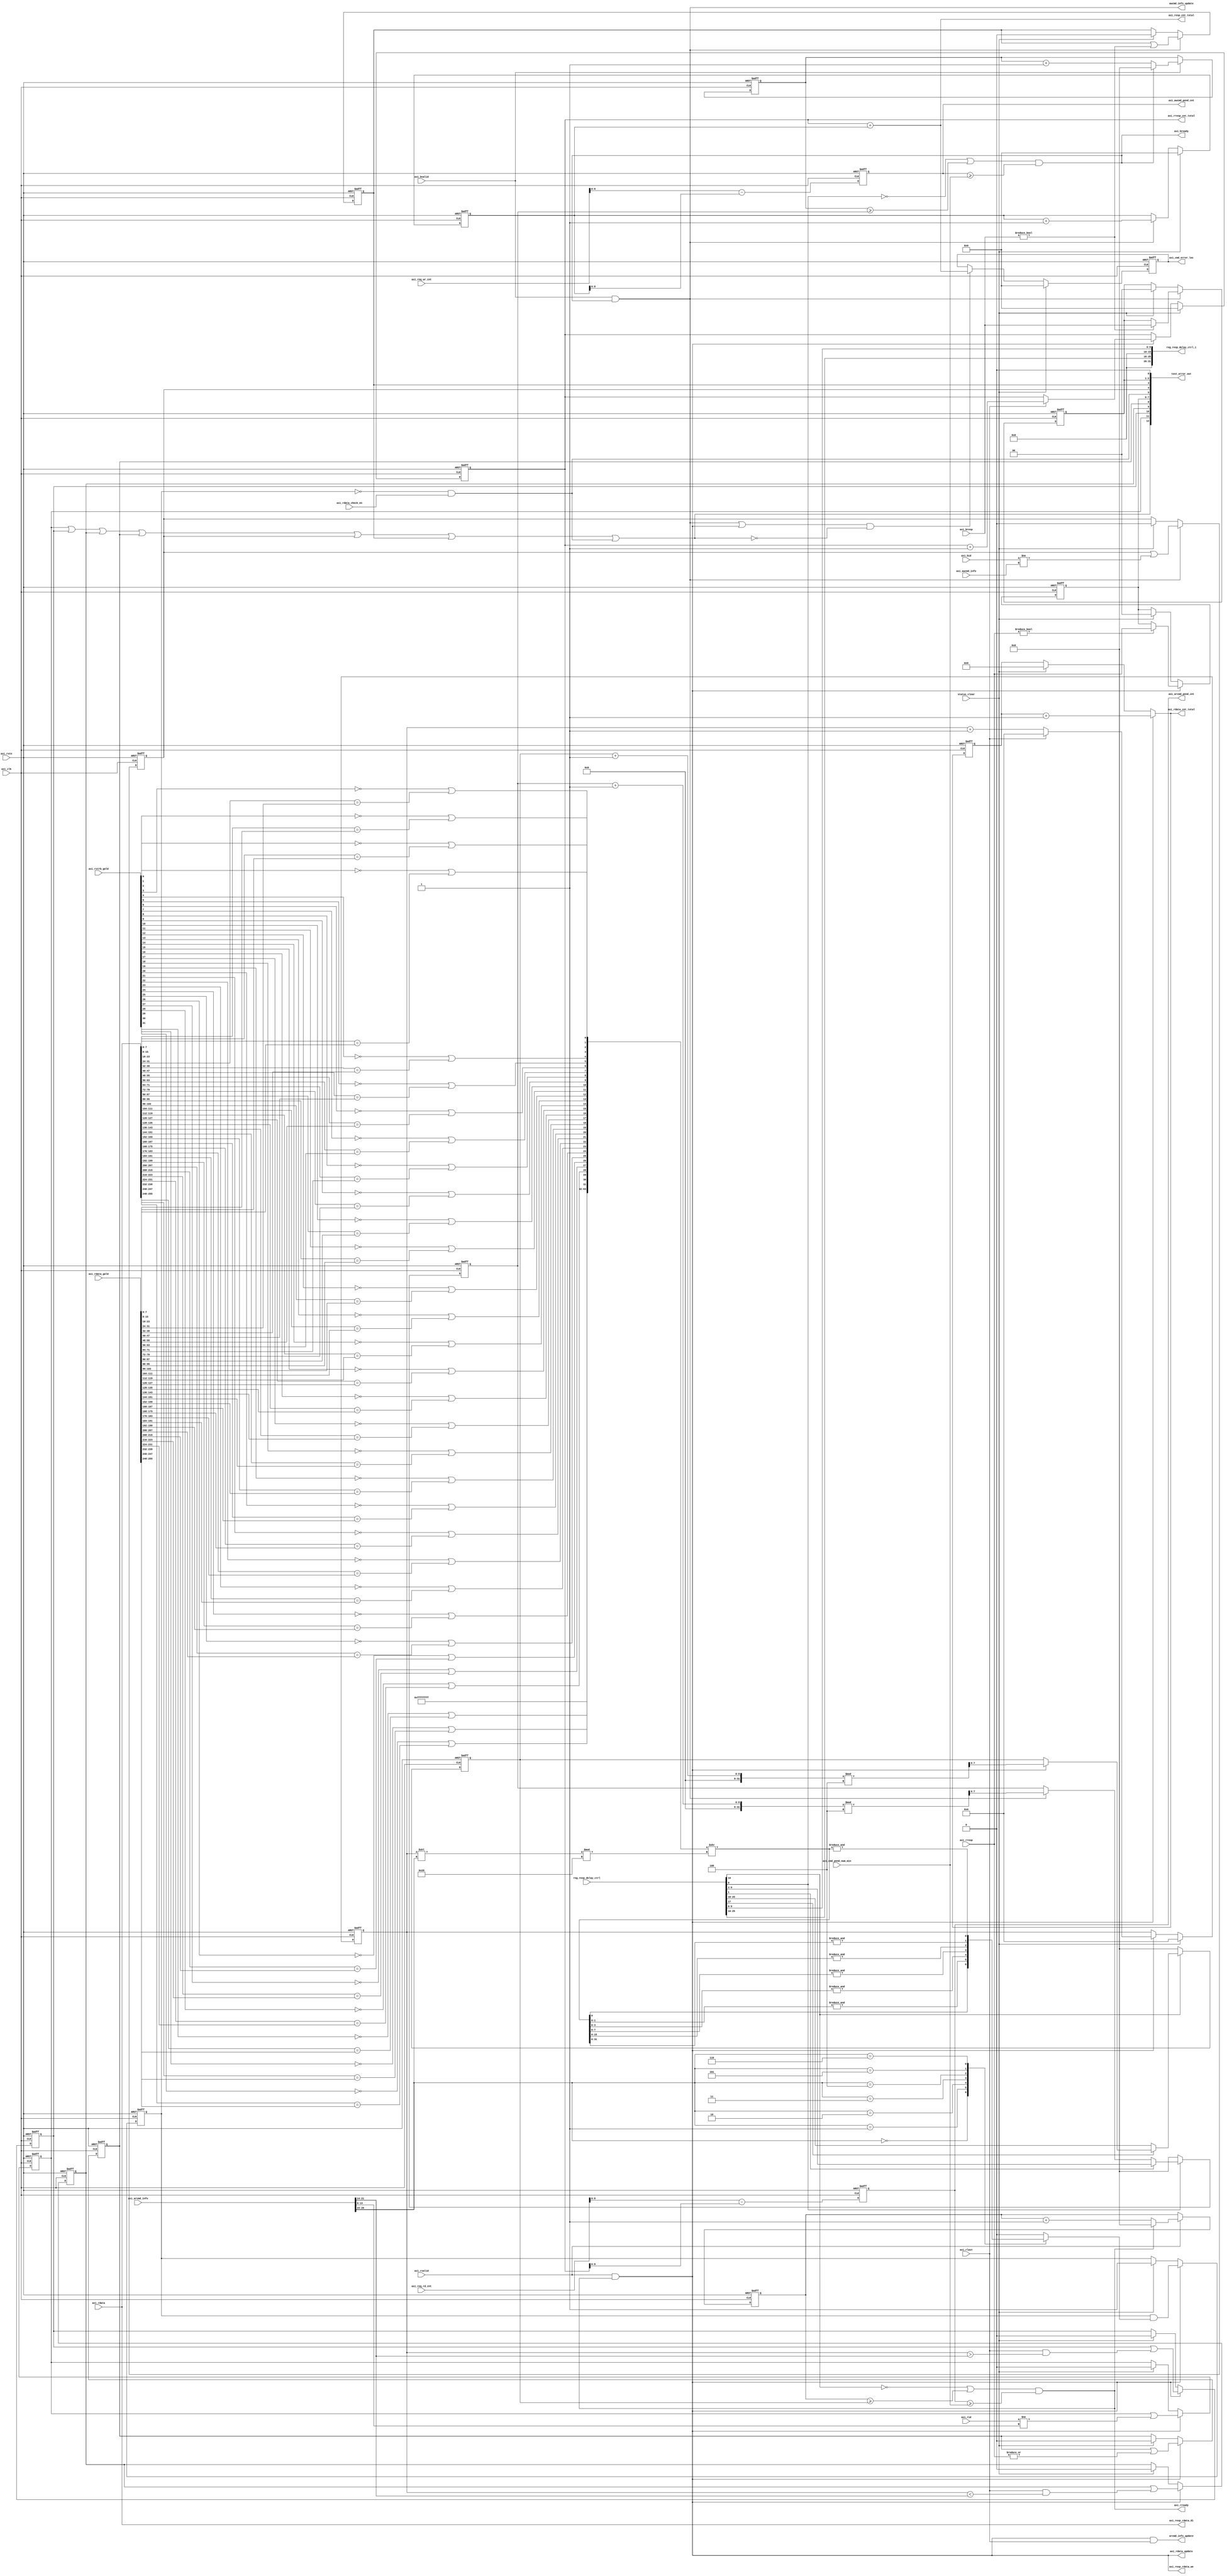
// ================================================================
// NVDLA Open Source Project
// 
// Copyright(c) 2016 - 2017 NVIDIA Corporation.  Licensed under the
// NVDLA Open Hardware License; Check "LICENSE" which comes with 
// this distribution for more information.
// ================================================================


module NV_FPGA_unit_checkbox_mem_dut_axi_resp_256 (
   axi_clk
  ,axi_rstn
  ,axi_arcmd_info
  ,axi_awcmd_info
  ,axi_bid
  ,axi_bresp
  ,axi_bvalid
  ,axi_cmd_pend_num_min
  ,axi_rdata
  ,axi_rdata_check_en
  ,axi_rdata_gold
  ,axi_req_rd_cnt
  ,axi_req_wr_cnt
  ,axi_rid
  ,axi_rlast
  ,axi_rresp
  ,axi_rstrb_gold
  ,axi_rvalid
  ,reg_resp_delay_ctrl
  ,status_clear
  ,arcmd_info_update
  ,awcmd_info_update
  ,axi_arcmd_pend_cnt
  ,axi_awcmd_pend_cnt
  ,axi_bready
  ,axi_cmd_error_loc
  ,axi_rdata_cnt_total
  ,axi_rdata_update
  ,axi_resp_cnt_total
  ,axi_resp_rdata_di
  ,axi_resp_rdata_we
  ,axi_rready
  ,axi_rresp_cnt_total
  ,reg_resp_delay_ctrl_i
  ,test_error_out
  );
input          axi_clk;
input          axi_rstn;
input   [26:0] axi_arcmd_info;
input   [13:0] axi_awcmd_info;
input   [13:0] axi_bid;
input    [1:0] axi_bresp;
input          axi_bvalid;
input    [7:0] axi_cmd_pend_num_min;
input  [255:0] axi_rdata;
input          axi_rdata_check_en;
input  [255:0] axi_rdata_gold;
input   [23:0] axi_req_rd_cnt;
input   [23:0] axi_req_wr_cnt;
input   [13:0] axi_rid;
input          axi_rlast;
input    [1:0] axi_rresp;
input   [31:0] axi_rstrb_gold;
input          axi_rvalid;
input   [25:0] reg_resp_delay_ctrl;
input          status_clear;
output         arcmd_info_update;
output         awcmd_info_update;
output   [8:0] axi_arcmd_pend_cnt;
output   [8:0] axi_awcmd_pend_cnt;
output         axi_bready;
output  [23:0] axi_cmd_error_loc;
output  [31:0] axi_rdata_cnt_total;
output         axi_rdata_update;
output  [23:0] axi_resp_cnt_total;
output [255:0] axi_resp_rdata_di;
output         axi_resp_rdata_we;
output         axi_rready;
output  [23:0] axi_rresp_cnt_total;
output  [31:0] reg_resp_delay_ctrl_i;
output  [12:0] test_error_out;
reg      [8:0] axi_arcmd_pend_cnt;
reg      [8:0] axi_awcmd_pend_cnt;
reg      [7:0] axi_bready_delay_cnt;
reg      [7:0] axi_bready_delay_cycles;
reg     [23:0] axi_bresp_cnt_total;
reg            axi_bresp_error_code;
reg            axi_bresp_error_id;
reg      [1:0] axi_bresp_error_resp;
reg     [23:0] axi_cmd_error_loc;
reg      [8:0] axi_rdata_cnt;
reg     [31:0] axi_rdata_cnt_total_reg;
reg            axi_rdata_match;
reg            axi_rdata_match_reg;
reg      [7:0] axi_rready_delay_cnt;
reg      [7:0] axi_rready_delay_cycles;
reg     [23:0] axi_rresp_cnt_total;
reg            axi_rresp_error_code;
reg            axi_rresp_error_id;
reg            axi_rresp_error_phase_less;
reg            axi_rresp_error_phase_more;
reg      [1:0] axi_rresp_error_resp;
wire     [1:0] axi_arburst_gold;
wire    [13:0] axi_arid_gold;
wire     [7:0] axi_arlen_gold;
wire     [2:0] axi_arsize_gold;
wire    [13:0] axi_awid_gold;
wire     [7:0] axi_bready_delay_cycles_preset;
wire           axi_bready_delay_en;
wire           axi_bready_delay_random;
wire           axi_rdata_corrupt;
wire     [7:0] axi_rready_delay_cycles_preset;
wire           axi_rready_delay_en;
wire           axi_rready_delay_random;
wire           axi_wdata_corrupt;
wire           protocol_error;
wire    [63:0] rdata_match_byte;
wire    [63:0] rdata_match_byte_shift;






//&Force output axi_bresp_cnt_total;




///////////////////////////////////////////////////////////////////
// read response
///////////////////////////////////////////////////////////////////

// get axi arcmd information which are used for read response check
//signal    info_ram    cmd_ram
//axi_id    [13:0]      [13:0]
//axi_len   [21:14]     [79:72]
//axi_burst [23:22]     [107:106]
//axi_size  [26:24]     [110:108]

assign arcmd_info_update = axi_rvalid & axi_rready & axi_rlast;
assign axi_arsize_gold = axi_arcmd_info[26:24];
assign axi_arburst_gold = axi_arcmd_info[23:22];
assign axi_arlen_gold = axi_arcmd_info[21:14];
assign axi_arid_gold = axi_arcmd_info[13:0];

assign axi_rdata_cnt_total = (axi_rvalid & axi_rready) ? (axi_rdata_cnt_total_reg + 1'b1) 
                                                       : status_clear ? 0 : axi_rdata_cnt_total_reg;

always @(posedge axi_clk or negedge axi_rstn) begin
  if (!axi_rstn) begin
    axi_rdata_cnt_total_reg <= {32{1'b0}};
    axi_rdata_cnt <= {9{1'b0}};
    axi_rresp_cnt_total <= {24{1'b0}};
  end else begin
  axi_rdata_cnt_total_reg <= axi_rdata_cnt_total;
  if(status_clear) begin
    axi_rdata_cnt <= 0;
    axi_rresp_cnt_total <= 0;
  end
  else if(axi_rvalid & axi_rready) begin
    if(axi_rlast) begin
      axi_rdata_cnt <= 0;
      axi_rresp_cnt_total <= axi_rresp_cnt_total + 1'b1;
    end
    else begin
      axi_rdata_cnt <=  axi_rdata_cnt + 1'b1;
      axi_rresp_cnt_total <= axi_rresp_cnt_total;
    end
  end
  end
end

// write to AXI_RDATA_RAM
assign axi_resp_rdata_we = axi_rvalid & axi_rready;
assign axi_resp_rdata_di = axi_rdata;

// axi read resp valid-ready delay cycles control
always @(posedge axi_clk or negedge axi_rstn) begin
  if (!axi_rstn) begin
    axi_arcmd_pend_cnt <= {9{1'b0}};
  end else begin
  axi_arcmd_pend_cnt <= axi_req_rd_cnt - axi_rresp_cnt_total; // spyglass disable W164a
  end
end
assign axi_rready = (~axi_rready_delay_en | (axi_rready_delay_cnt >= axi_rready_delay_cycles)) & (axi_arcmd_pend_cnt >= axi_cmd_pend_num_min); // spyglass disable W362

always @(posedge axi_clk or negedge axi_rstn) begin
  if (!axi_rstn) begin
    axi_rready_delay_cnt <= {8{1'b0}};
  end else begin
  if(axi_rvalid) begin
    if(axi_rready)
      axi_rready_delay_cnt <= 0;
    else
      axi_rready_delay_cnt <= axi_rready_delay_cnt + 1'b1;
  end
  end
end

always @(posedge axi_clk or negedge axi_rstn) begin
  if (!axi_rstn) begin
    axi_rready_delay_cycles <= {8{1'b0}};
  end else begin
  if(axi_rready_delay_en) begin
    if(~axi_rready_delay_random)
      axi_rready_delay_cycles <= axi_rready_delay_cycles_preset;
    else if(axi_rvalid & axi_rready)
      axi_rready_delay_cycles <= (axi_rready_delay_cycles + 1) % 4;
  end
  else
    axi_rready_delay_cycles <= 0;
  end
end

// axi read response error case detect
always @(posedge axi_clk or negedge axi_rstn) begin
  if (!axi_rstn) begin
    axi_rresp_error_id <= 1'b0;
    axi_rresp_error_phase_more <= 1'b0;
    axi_rresp_error_phase_less <= 1'b0;
    axi_rresp_error_code <= 1'b0;
    axi_rresp_error_resp <= {2{1'b0}};
    axi_rdata_match_reg <= 1'b0;
  end else begin
  if(status_clear) begin
    axi_rresp_error_id          <= 0;
    axi_rresp_error_phase_more  <= 0;
    axi_rresp_error_phase_less  <= 0;
    axi_rresp_error_code        <= 0;
    axi_rresp_error_resp        <= 0;
    axi_rdata_match_reg         <= 1;
  end
  if(axi_rvalid & axi_rready) begin
    axi_rresp_error_id          <= axi_rresp_error_id | (axi_rid != axi_arid_gold);
    axi_rresp_error_phase_more  <= axi_rresp_error_phase_more | (axi_rlast & (axi_rdata_cnt > axi_arlen_gold)); // spyglass disable W362
    axi_rresp_error_phase_less  <= axi_rresp_error_phase_less | (axi_rlast & (axi_rdata_cnt < axi_arlen_gold)); // spyglass disable W362
    axi_rresp_error_code        <= axi_rresp_error_code | (|axi_rresp);
    axi_rresp_error_resp        <= (axi_rresp != 2'b00) ? axi_rresp : axi_rresp_error_resp;
    axi_rdata_match_reg         <= axi_rdata_match_reg & axi_rdata_match;
  end
  end
end

///////////////////////////////////////////////////////////////////
// write response
///////////////////////////////////////////////////////////////////

assign awcmd_info_update = axi_bvalid & axi_bready;
assign axi_awid_gold = axi_awcmd_info[13:0];

always @(posedge axi_clk or negedge axi_rstn) begin
  if (!axi_rstn) begin
    axi_bresp_cnt_total <= {24{1'b0}};
  end else begin
  if(status_clear)
    axi_bresp_cnt_total <= 0;
  else if(axi_bvalid & axi_bready) begin
    axi_bresp_cnt_total <= axi_bresp_cnt_total + 1'b1;
  end
  end
end

// axi read resp valid-ready delay cycles control
always @(posedge axi_clk or negedge axi_rstn) begin
  if (!axi_rstn) begin
    axi_awcmd_pend_cnt <= {9{1'b0}};
  end else begin
  axi_awcmd_pend_cnt <= axi_req_wr_cnt - axi_bresp_cnt_total; // spyglass disable W164a
  end
end
assign axi_bready = (~axi_bready_delay_en | (axi_bready_delay_cnt >= axi_bready_delay_cycles)) & (axi_awcmd_pend_cnt >= axi_cmd_pend_num_min); // spyglass disable W362

always @(posedge axi_clk or negedge axi_rstn) begin
  if (!axi_rstn) begin
    axi_bready_delay_cnt <= {8{1'b0}};
  end else begin
  if(axi_bvalid) begin
    if(axi_bready)
      axi_bready_delay_cnt <= 0;
    else
      axi_bready_delay_cnt <= axi_bready_delay_cnt + 1'b1;
  end
  end
end

always @(posedge axi_clk or negedge axi_rstn) begin
  if (!axi_rstn) begin
    axi_bready_delay_cycles <= {8{1'b0}};
  end else begin
  if(axi_bready_delay_en) begin
    if(axi_bready_delay_random)
      axi_bready_delay_cycles <= axi_bready_delay_cycles_preset;
    else if(axi_bvalid & axi_bready)
      axi_bready_delay_cycles <= (axi_bready_delay_cycles + 1) % 4;
  end
  else
    axi_bready_delay_cycles <= 0;
  end
end

// axi read response error case detect
always @(posedge axi_clk or negedge axi_rstn) begin
  if (!axi_rstn) begin
    axi_bresp_error_id <= 1'b0;
    axi_bresp_error_code <= 1'b0;
    axi_bresp_error_resp <= {2{1'b0}};
  end else begin
  if(status_clear) begin
    axi_bresp_error_id   <= 0; 
    axi_bresp_error_code <= 0; 
    axi_bresp_error_resp <= 0; 
  end
  if(axi_bvalid & axi_bready) begin
    axi_bresp_error_id   <= axi_bresp_error_id | (axi_bid != axi_awid_gold);
    axi_bresp_error_code <= axi_bresp_error_code | (axi_bresp != 2'b00);
    axi_bresp_error_resp <= (axi_bresp != 2'b00) ? axi_bresp : axi_bresp_error_resp;
  end
  end
end

////////////////////////////////////////////////////////////////
// axi read data check
////////////////////////////////////////////////////////////////

assign axi_rdata_update = axi_rvalid & axi_rready;

assign rdata_match_byte[0] = !axi_rstrb_gold[0] | (axi_rdata[7:0] == axi_rdata_gold[7:0]);
assign rdata_match_byte[1] = !axi_rstrb_gold[1] | (axi_rdata[15:8] == axi_rdata_gold[15:8]);
assign rdata_match_byte[2] = !axi_rstrb_gold[2] | (axi_rdata[23:16] == axi_rdata_gold[23:16]);
assign rdata_match_byte[3] = !axi_rstrb_gold[3] | (axi_rdata[31:24] == axi_rdata_gold[31:24]);
assign rdata_match_byte[4] = !axi_rstrb_gold[4] | (axi_rdata[39:32] == axi_rdata_gold[39:32]);
assign rdata_match_byte[5] = !axi_rstrb_gold[5] | (axi_rdata[47:40] == axi_rdata_gold[47:40]);
assign rdata_match_byte[6] = !axi_rstrb_gold[6] | (axi_rdata[55:48] == axi_rdata_gold[55:48]);
assign rdata_match_byte[7] = !axi_rstrb_gold[7] | (axi_rdata[63:56] == axi_rdata_gold[63:56]);
assign rdata_match_byte[8] = !axi_rstrb_gold[8] | (axi_rdata[71:64] == axi_rdata_gold[71:64]);
assign rdata_match_byte[9] = !axi_rstrb_gold[9] | (axi_rdata[79:72] == axi_rdata_gold[79:72]);
assign rdata_match_byte[10] = !axi_rstrb_gold[10] | (axi_rdata[87:80] == axi_rdata_gold[87:80]);
assign rdata_match_byte[11] = !axi_rstrb_gold[11] | (axi_rdata[95:88] == axi_rdata_gold[95:88]);
assign rdata_match_byte[12] = !axi_rstrb_gold[12] | (axi_rdata[103:96] == axi_rdata_gold[103:96]);
assign rdata_match_byte[13] = !axi_rstrb_gold[13] | (axi_rdata[111:104] == axi_rdata_gold[111:104]);
assign rdata_match_byte[14] = !axi_rstrb_gold[14] | (axi_rdata[119:112] == axi_rdata_gold[119:112]);
assign rdata_match_byte[15] = !axi_rstrb_gold[15] | (axi_rdata[127:120] == axi_rdata_gold[127:120]);
assign rdata_match_byte[16] = !axi_rstrb_gold[16] | (axi_rdata[135:128] == axi_rdata_gold[135:128]);
assign rdata_match_byte[17] = !axi_rstrb_gold[17] | (axi_rdata[143:136] == axi_rdata_gold[143:136]);
assign rdata_match_byte[18] = !axi_rstrb_gold[18] | (axi_rdata[151:144] == axi_rdata_gold[151:144]);
assign rdata_match_byte[19] = !axi_rstrb_gold[19] | (axi_rdata[159:152] == axi_rdata_gold[159:152]);
assign rdata_match_byte[20] = !axi_rstrb_gold[20] | (axi_rdata[167:160] == axi_rdata_gold[167:160]);
assign rdata_match_byte[21] = !axi_rstrb_gold[21] | (axi_rdata[175:168] == axi_rdata_gold[175:168]);
assign rdata_match_byte[22] = !axi_rstrb_gold[22] | (axi_rdata[183:176] == axi_rdata_gold[183:176]);
assign rdata_match_byte[23] = !axi_rstrb_gold[23] | (axi_rdata[191:184] == axi_rdata_gold[191:184]);
assign rdata_match_byte[24] = !axi_rstrb_gold[24] | (axi_rdata[199:192] == axi_rdata_gold[199:192]);
assign rdata_match_byte[25] = !axi_rstrb_gold[25] | (axi_rdata[207:200] == axi_rdata_gold[207:200]);
assign rdata_match_byte[26] = !axi_rstrb_gold[26] | (axi_rdata[215:208] == axi_rdata_gold[215:208]);
assign rdata_match_byte[27] = !axi_rstrb_gold[27] | (axi_rdata[223:216] == axi_rdata_gold[223:216]);
assign rdata_match_byte[28] = !axi_rstrb_gold[28] | (axi_rdata[231:224] == axi_rdata_gold[231:224]);
assign rdata_match_byte[29] = !axi_rstrb_gold[29] | (axi_rdata[239:232] == axi_rdata_gold[239:232]);
assign rdata_match_byte[30] = !axi_rstrb_gold[30] | (axi_rdata[247:240] == axi_rdata_gold[247:240]);
assign rdata_match_byte[31] = !axi_rstrb_gold[31] | (axi_rdata[255:248] == axi_rdata_gold[255:248]);
assign rdata_match_byte[32] = 1'b1;
assign rdata_match_byte[33] = 1'b1;
assign rdata_match_byte[34] = 1'b1;
assign rdata_match_byte[35] = 1'b1;
assign rdata_match_byte[36] = 1'b1;
assign rdata_match_byte[37] = 1'b1;
assign rdata_match_byte[38] = 1'b1;
assign rdata_match_byte[39] = 1'b1;
assign rdata_match_byte[40] = 1'b1;
assign rdata_match_byte[41] = 1'b1;
assign rdata_match_byte[42] = 1'b1;
assign rdata_match_byte[43] = 1'b1;
assign rdata_match_byte[44] = 1'b1;
assign rdata_match_byte[45] = 1'b1;
assign rdata_match_byte[46] = 1'b1;
assign rdata_match_byte[47] = 1'b1;
assign rdata_match_byte[48] = 1'b1;
assign rdata_match_byte[49] = 1'b1;
assign rdata_match_byte[50] = 1'b1;
assign rdata_match_byte[51] = 1'b1;
assign rdata_match_byte[52] = 1'b1;
assign rdata_match_byte[53] = 1'b1;
assign rdata_match_byte[54] = 1'b1;
assign rdata_match_byte[55] = 1'b1;
assign rdata_match_byte[56] = 1'b1;
assign rdata_match_byte[57] = 1'b1;
assign rdata_match_byte[58] = 1'b1;
assign rdata_match_byte[59] = 1'b1;
assign rdata_match_byte[60] = 1'b1;
assign rdata_match_byte[61] = 1'b1;
assign rdata_match_byte[62] = 1'b1;
assign rdata_match_byte[63] = 1'b1;
assign rdata_match_byte_shift = rdata_match_byte >> ((axi_rdata_cnt<<axi_arsize_gold) % 32);

always @(
  axi_arsize_gold
  or rdata_match_byte_shift
  ) begin
  case(axi_arsize_gold)
  3'b000: axi_rdata_match = &rdata_match_byte_shift[0:0];
  3'b001: axi_rdata_match = &rdata_match_byte_shift[1:0];
  3'b010: axi_rdata_match = &rdata_match_byte_shift[3:0];
  3'b011: axi_rdata_match = &rdata_match_byte_shift[7:0];
  3'b100: axi_rdata_match = &rdata_match_byte_shift[15:0];
  3'b101: axi_rdata_match = &rdata_match_byte_shift[31:0];
  3'b110: axi_rdata_match = &rdata_match_byte_shift[63:0];
  default: axi_rdata_match = 0;
  endcase
end

////////////////////////////////////////////////////////////////
// registers
////////////////////////////////////////////////////////////////

// RESP_DELAY_CTRL_REG, used for delay control register.
assign axi_bready_delay_en              = reg_resp_delay_ctrl[0];
assign axi_bready_delay_random          = reg_resp_delay_ctrl[1];
assign axi_bready_delay_cycles_preset   = reg_resp_delay_ctrl[9:2];
assign axi_rready_delay_en              = reg_resp_delay_ctrl[16];
assign axi_rready_delay_random          = reg_resp_delay_ctrl[17];
assign axi_rready_delay_cycles_preset   = reg_resp_delay_ctrl[25:18];
assign reg_resp_delay_ctrl_i    = {6'b0, axi_rready_delay_cycles_preset, axi_rready_delay_random, axi_rready_delay_en,
                                   6'b0, axi_bready_delay_cycles_preset, axi_bready_delay_random, axi_bready_delay_en};

// for TEST_STATUS_REG
// combine error bits.
assign protocol_error = axi_rresp_error_id | axi_rresp_error_phase_more | axi_rresp_error_phase_less | axi_rresp_error_code | axi_bresp_error_id | axi_bresp_error_code | axi_rdata_corrupt | axi_wdata_corrupt;
assign axi_rdata_corrupt = ~axi_rdata_match_reg & axi_rdata_check_en;
assign axi_wdata_corrupt = 1'b0;

// test_status register. 13 bits
assign test_error_out = {protocol_error, axi_rresp_error_id, axi_rresp_error_phase_more, axi_rresp_error_phase_less, axi_rresp_error_code, 
        axi_rresp_error_resp[1:0], axi_rdata_corrupt, axi_bresp_error_id, axi_bresp_error_code, axi_bresp_error_resp[1:0], axi_wdata_corrupt};

// error cmd location log register
always @(posedge axi_clk or negedge axi_rstn) begin
  if (!axi_rstn) begin
    axi_cmd_error_loc <= {24{1'b0}};
  end else begin
  if(status_clear)
    axi_cmd_error_loc <= 0;
  else if(((axi_bvalid & axi_bready) | (axi_rvalid & axi_rready)) & ~protocol_error)
    axi_cmd_error_loc <= axi_resp_cnt_total;
  end
end

// response/rdata cnt 
assign axi_resp_cnt_total = axi_rresp_cnt_total + axi_bresp_cnt_total; // spyglass disable W484

endmodule // NV_FPGA_unit_checkbox_mem_dut_axi_resp_256